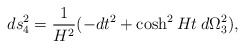
\begin{align*}d s_4^2=\frac{1}{H^2}(-dt^2 +\cosh^2 H t \: d \Omega_3^2),\end{align*}